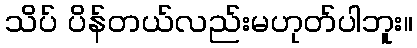
သိပ် ပိန်တယ်လည်းမဟုတ်ပါဘူး။